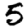
Digit: 5